Scientific memoirs by medical officers of the Army of India - Part IV,
Year: 1889
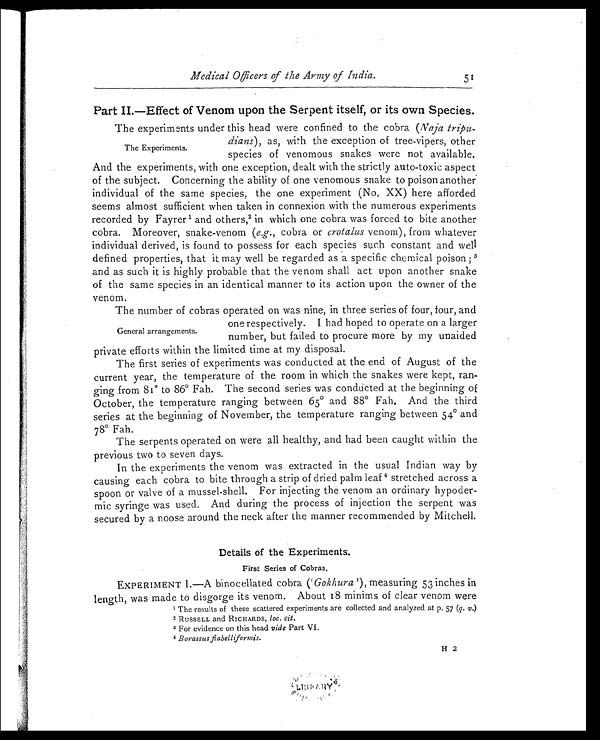
Medical Officers of the Army of India.
51
Part II.—Effect of Venom upon the Serpent itself, or its own Species.
The Experiments.
The experiments under this head were confined to the cobra (Naja tripu
- dians), as, with the exception of tree-vipers, other
species of venomous snakes were not available.
And the experiments, with one exception, dealt with the strictly auto-toxic aspect
of the subject. Concerning the ability of one venomous snake to poison another
individual of the same species, the one experiment (No, XX) here afforded
seems almost sufficient when taken in connexion with the numerous experiments
recorded by Fayrer 1 and others, 2 in which one cobra was forced to bite another
cobra. Moreover, snake-venom (e.g., cobra or crotalus venom), from whatever
individual derived, is found to possess for each species such constant and well
defined properties, that it may well be regarded as a specific chemical poison;3
and as such it is highly probable that the venom shall act upon another snake
of the same species in an identical manner to its action upon the owner of the
venom.
General arrangements.
The number of cobras operated on was nine, in three series of four, four, and
one respectively. I had hoped to operate on a larger
number, but failed to procure more by my unaided
private efforts within the limited time at my disposal.
The first series of experiments was conducted at the end of August of the
current year, the temperature of the room in which the snakes were kept, ran-
ging from 81º to 86° Fah. The second series was conducted at the beginning of
October, the temperature ranging between 65° and 88° Fah. And the third
series at the beginning of November, the temperature ranging between 54° and
78° Fah.
The serpents operated on were all healthy, and had been caught within the
previous two to seven days.
In the experiments the venom was extracted in the usual Indian way by
causing each cobra to bite through a strip of dried palm leaf 4 stretched across a
spoon or valve of a mussel-shell. For injecting the venom an ordinary hypoder
- m i c s y r i n g e w a s u s e d . A n d d u r i n g t h e p r o c e s s o f i n j e c t i o n t h e s e r p e n t w a s
secured by a noose around the neck after the manner recommended by Mitchell.
Details of the Experiments.
First Series of Cobras.
EXPERIMENT I.—A binocellated cobra (' Gokhura '), measuring 53 inches in
length, was made to disgorge its venom. About 18 minims of clear venom were
The results of these scattered experiments are collected and analyzed at p. 57 (q. v.)
2 RUSSELL and RICHARDS, loc. cit.
3 For evidence on this head vide Part VI.
4 Borassus flabelliformis.
H 2